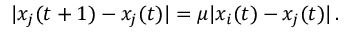
| x _ { j } ( t + 1 ) - x _ { j } ( t ) | = \mu | x _ { i } ( t ) - x _ { j } ( t ) | \, .